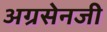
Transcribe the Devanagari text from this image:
अग्रसेनजी